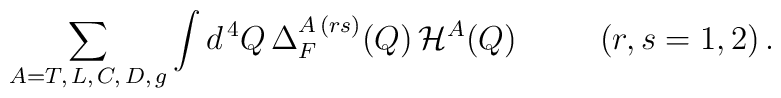
\sum_{A = T, \, L, \, C, \, D, \, g} \int d^{\, 4} Q \, \Delta_F^{A \, (r s)} (Q) \, {\cal H}^A (Q) \;\;\;\;\;\;\;\;\; (r, s = 1, 2) \, .